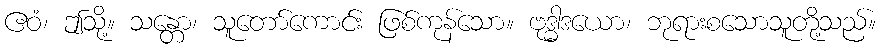
ဧဝံ၊ ဤသို့။ သန္တော၊ သူတော်ကောင်း ဖြစ်ကုန်သော။ ဗုဒ္ဓါဒယော၊ ဘုရားစသောသူတို့သည်။